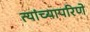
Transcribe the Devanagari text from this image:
त्यांच्यापरिणे